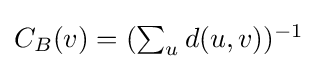
{\textstyle C_{B}(v)=(\sum _{u}d(u,v))^{-1}}